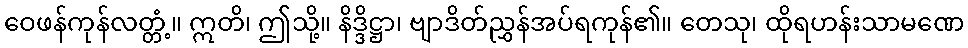
ဝေဖန်ကုန်လတ္တံ့။ ဣတိ၊ ဤသို့။ နိဒ္ဒိဋ္ဌာ၊ ဗျာဒိတ်ညွှန်အပ်ရကုန်၏။ တေသု၊ ထိုရဟန်းသာမဏေ